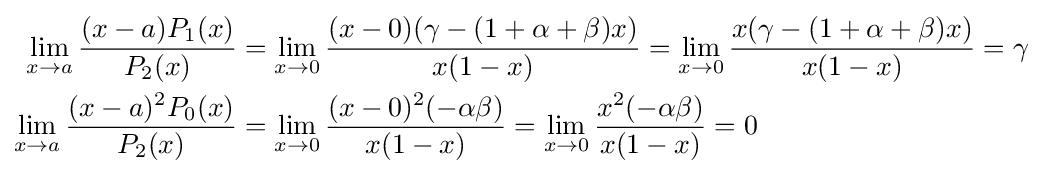
{\begin{aligned}\lim _{x\to a}{\frac {(x-a)P_{1}(x)}{P_{2}(x)}}&=\lim _{x\to 0}{\frac {(x-0)(\gamma -(1+\alpha +\beta )x)}{x(1-x)}}=\lim _{x\to 0}{\frac {x(\gamma -(1+\alpha +\beta )x)}{x(1-x)}}=\gamma \\\lim _{x\to a}{\frac {(x-a)^{2}P_{0}(x)}{P_{2}(x)}}&=\lim _{x\to 0}{\frac {(x-0)^{2}(-\alpha \beta )}{x(1-x)}}=\lim _{x\to 0}{\frac {x^{2}(-\alpha \beta )}{x(1-x)}}=0\end{aligned}}